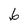
Character: 6